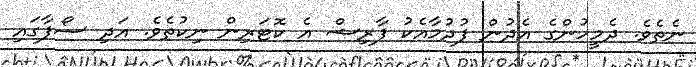
ނެތެވެ. ދެމީހުންގެ އެދުން ފުދުމާއެކު ފާރިޝް އެ ކޮޓަރިން ނިކުތެވެ. އަދި ސޯފާގައި